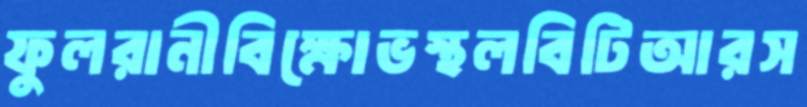
ফুলরানীবিক্ষোভস্থলবিটিআরস